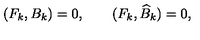
( F _ { k } , B _ { k } ) = 0 , \qquad ( F _ { k } , \widehat { B } _ { k } ) = 0 ,